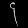
Digit: ၄